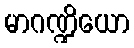
မာဂဏ္ဍိယော